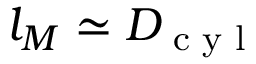
l _ { M } \simeq D _ { \textrm { c y l } }